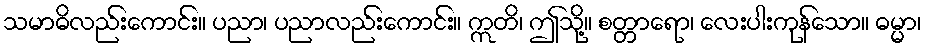
သမာဓိလည်းကောင်း။ ပညာ၊ ပညာလည်းကောင်း။ ဣတိ၊ ဤသို့။ စတ္တာရော၊ လေးပါးကုန်သော။ ဓမ္မာ၊